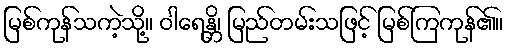
မြစ်ကုန်သကဲ့သို့။ ဝါရေန္တိ၊ မြည်တမ်းသဖြင့် မြစ်ကြကုန်၏။